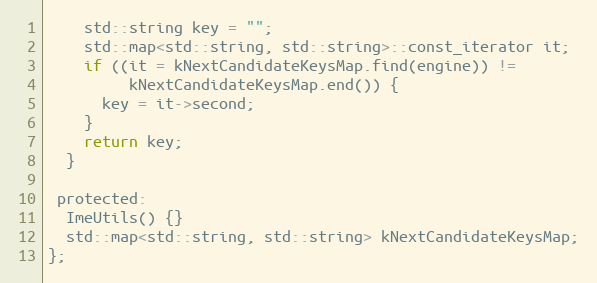
Language: C
    std::string key = "";
    std::map<std::string, std::string>::const_iterator it;
    if ((it = kNextCandidateKeysMap.find(engine)) !=
         kNextCandidateKeysMap.end()) {
      key = it->second;
    }
    return key;
  }

 protected:
  ImeUtils() {}
  std::map<std::string, std::string> kNextCandidateKeysMap;
};